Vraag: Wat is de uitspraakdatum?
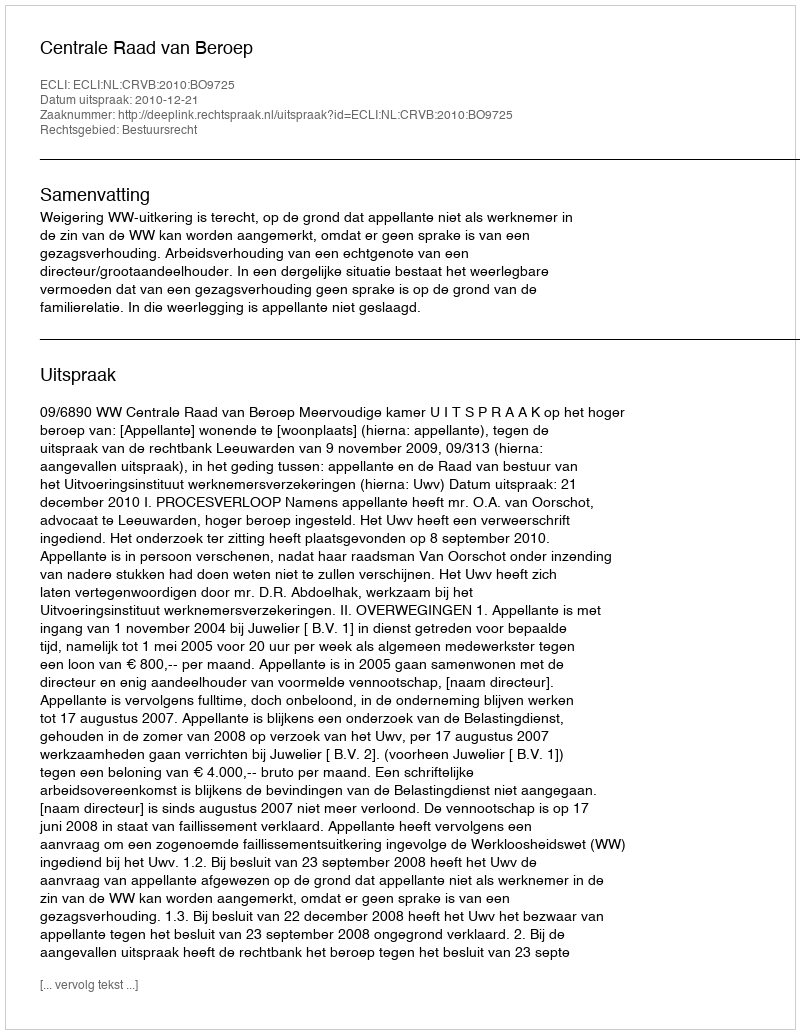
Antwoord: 2010-12-21